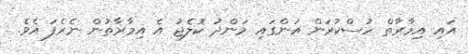
އައި އިމާރާތް ހުސްކުރަން އަންގައި މަންދު ކޮލެޖު އެ އިމާރާތުން ނެރެފަ އެވެ.